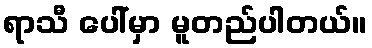
ရာသီ ပေါ်မှာ မူတည်ပါတယ်။